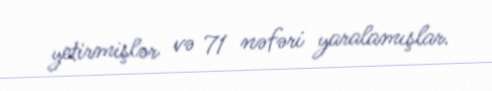
yetirmişlər və 71 nəfəri yaralamışlar.